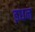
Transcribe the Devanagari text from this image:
इधन